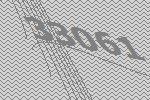
33061